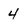
Character: 4